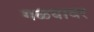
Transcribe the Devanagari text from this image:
गळयावर